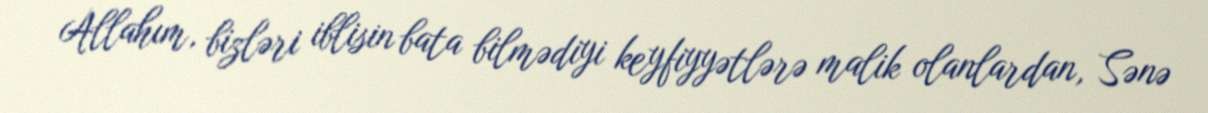
Allahım, bizləri iblisin bata bilmədiyi keyfiyyətlərə malik olanlardan, Sənə